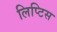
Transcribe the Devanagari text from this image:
लिप्टिस